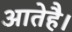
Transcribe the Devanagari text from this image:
आतेहै।